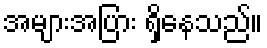
အများအပြား ရှိနေသည်။